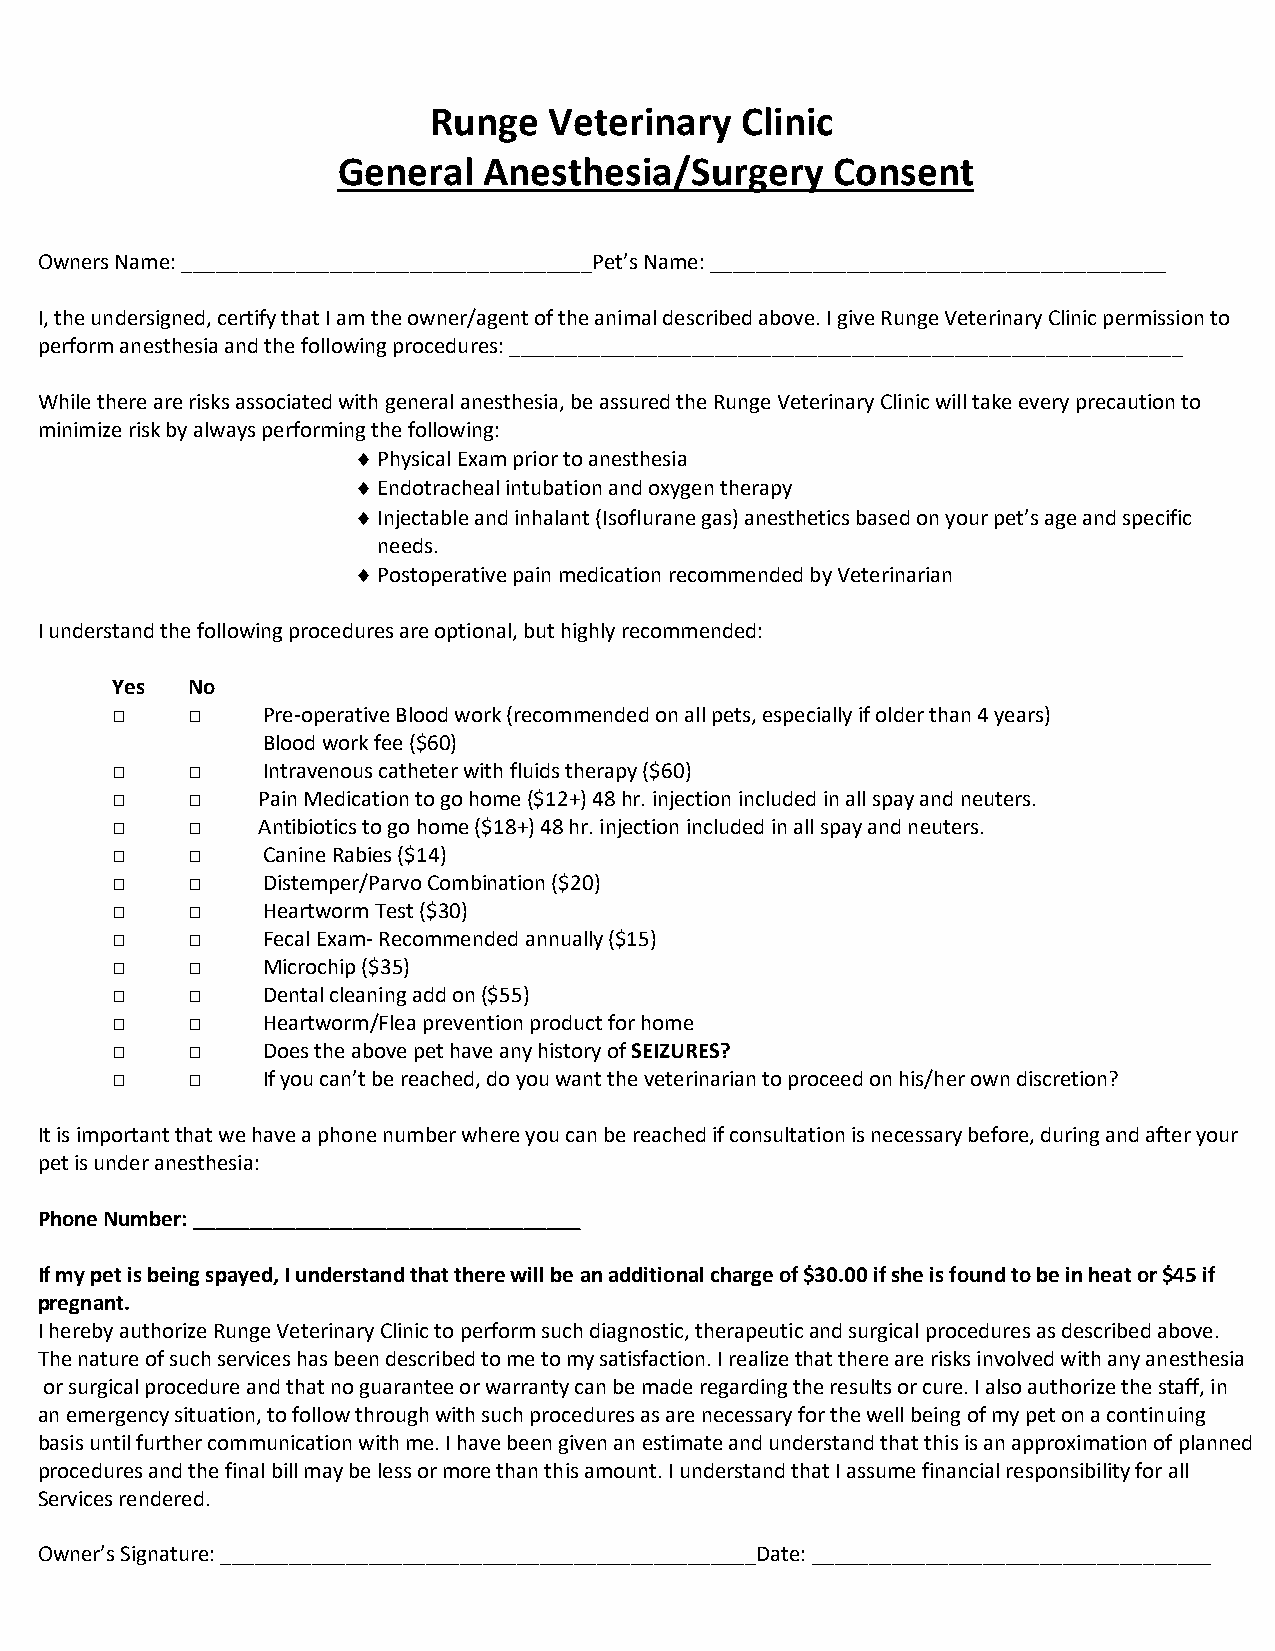
Runge   Veterinary   Clinic
 General   Anesthesia/Surgery     Consent
 Owners Name: ____________________________________Pet’s Name: ________________________________________
 I, the undersigned, certify that I am the owner/agent of the animal described above. I give Runge Veterinary Clinic permission to
 perform anesthesia and the following procedures: ___________________________________________________________
 While there are risks associated with general anesthesia, be assured the Runge Veterinary Clinic will take every precaution to
 minimize risk by always performing the following:
 ¨ Physical Exam prior to anesthesia
 ¨ Endotracheal intubation and oxygen therapy
 ¨ Injectable and inhalant (Isoflurane gas) anesthetics based on your pet’s age and specific
 needs.
 ¨ Postoperative pain medication recommended by Veterinarian
 I understand the following procedures are optional, but highly recommended:
 Yes  No
 □    □    Pre-operative Blood work (recommended on all pets, especially if older than 4 years)
 Blood work fee ($60)
 □    □    Intravenous catheter with fluids therapy ($60)
 □    □    Pain Medication to go home ($12+) 48 hr. injection included in all spay and neuters.
 □    □    Antibiotics to go home ($18+) 48 hr. injection included in all spay and neuters.
 □    □    Canine Rabies ($14)
 □    □    Distemper/Parvo Combination ($20)
 □    □    Heartworm Test ($30)
 □    □    Fecal Exam- Recommended annually ($15)
 □    □    Microchip ($35)
 □    □    Dental cleaning add on ($55)
 □    □    Heartworm/Flea prevention product for home
 □    □    Does the above pet have any history of SEIZURES?
 □    □    If you can’t be reached, do you want the veterinarian to proceed on his/her own discretion?
 It is important that we have a phone number where you can be reached if consultation is necessary before, during and after your
 pet is under anesthesia:
 Phone Number: __________________________________
 If my pet is being spayed, I understand that there will be an additional charge of $30.00 if she is found to be in heat or $45 if
 pregnant.
 I hereby authorize Runge Veterinary Clinic to perform such diagnostic, therapeutic and surgical procedures as described above.
 The nature of such services has been described to me to my satisfaction. I realize that there are risks involved with any anesthesia
 or surgical procedure and that no guarantee or warranty can be made regarding the results or cure. I also authorize the staff, in
 an emergency situation, to follow through with such procedures as are necessary for the well being of my pet on a continuing
 basis until further communication with me. I have been given an estimate and understand that this is an approximation of planned
 procedures and the final bill may be less or more than this amount. I understand that I assume financial responsibility for all
 Services rendered.
 Owner’s Signature: _______________________________________________Date: ___________________________________